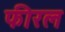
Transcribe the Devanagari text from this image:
फीरल